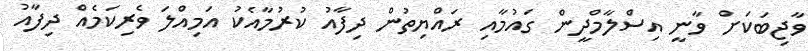
ވާޖިބަކަށް ވާނީ އިސްލާމްދީން ގައުމާއި ރައްޔިތުން ދިފާއު ކުރުމާއެކު އަމިއްލަ ވެރިކަމެއް ދިފާއު